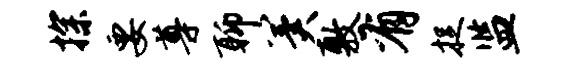
探要尊聊冀敷有捉监